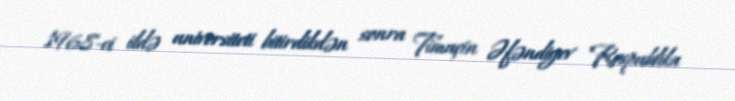
1968-ci ildə universiteti bitirdikdən sonra Timuçin Əfəndiyev Respublika